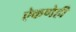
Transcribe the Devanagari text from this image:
ऐकणेही